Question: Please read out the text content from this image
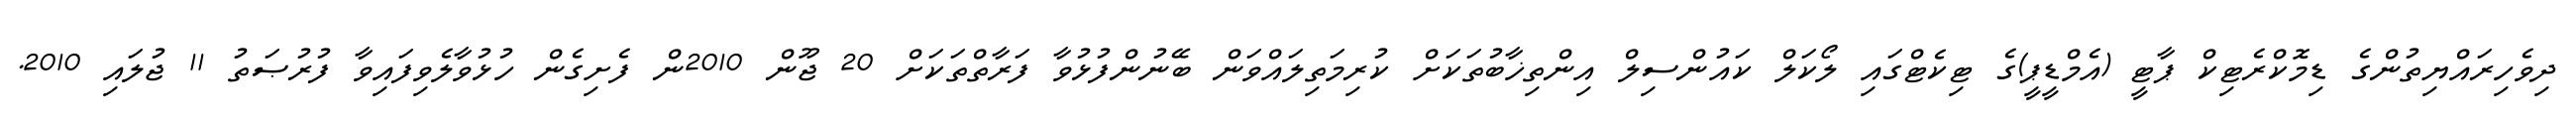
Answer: ދިވެހިރައްޔިތުންގެ ޑިމޮކްރެޓިކް ޕާޓީ (އެމްޑީޕީ)ގެ ޓިކެޓްގައި ލޯކަލް ކައުންސިލް އިންތިޚާބުތަކަށް ކުރިމަތިލައްވަން ބޭނުންފުޅުވާ ފަރާތްތަކަށް 20 ޖޫން 2010ން ފެށިގެން ހުޅުވާލެވިފައިވާ ފުރުޞަތު 11 ޖުލައި 2010.